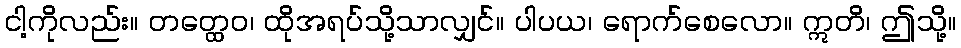
ငါ့ကိုလည်း။ တတ္ထေဝ၊ ထိုအရပ်သို့သာလျှင်။ ပါပယ၊ ရောက်စေလော။ ဣတိ၊ ဤသို့။